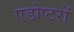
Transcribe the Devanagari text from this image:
एडोप्टरों